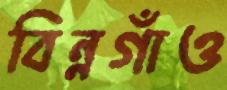
বিন্নগাঁও